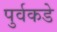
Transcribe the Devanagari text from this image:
पुर्वकडे